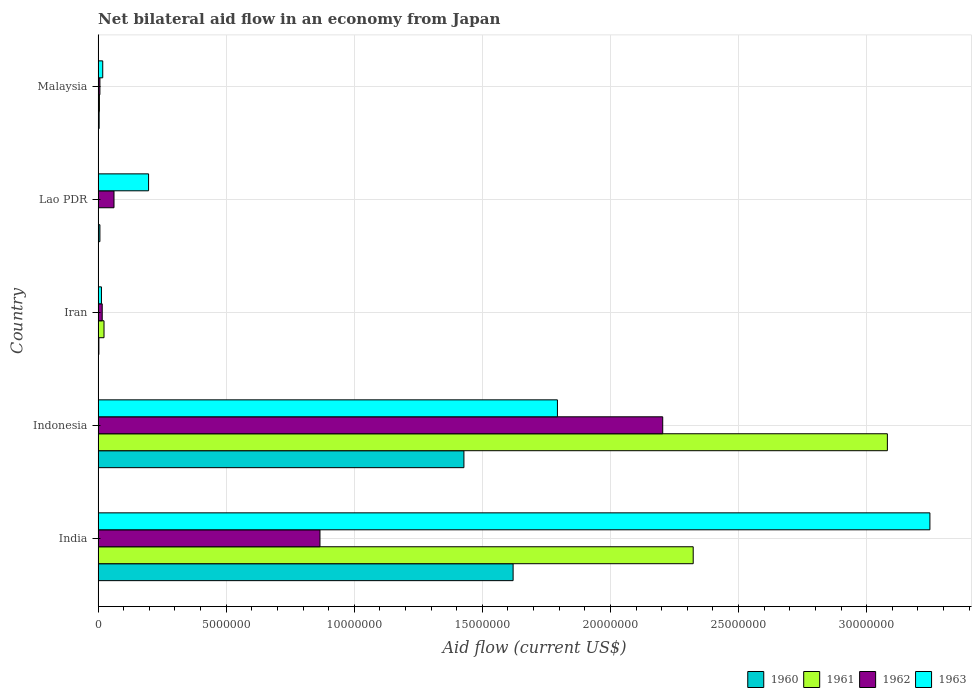
| Country | 1960 | 1961 | 1962 | 1963 |
 | --- | --- | --- | --- | --- |
 | India | 1.62e+07 | 2.32e+07 | 8.66e+06 | 3.25e+07 |
 | Indonesia | 1.43e+07 | 3.08e+07 | 2.2e+07 | 1.79e+07 |
 | Iran | 3e+04 | 2.3e+05 | 1.6e+05 | 1.3e+05 |
 | Lao PDR | 7e+04 | 1e+04 | 6.2e+05 | 1.97e+06 |
 | Malaysia | 4e+04 | 5e+04 | 7e+04 | 1.8e+05 |